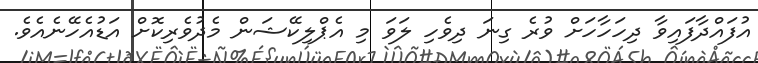
އުފައްދާފައިވާ ދިހަހާހަށް ވުރެ ގިނަ ދިވެހި ލަވަ މި އެޕްލިކޭޝަން މެދުވެރިކޮށް އަޑުއެހޭނެއެވެ.